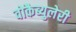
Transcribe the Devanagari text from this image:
वोकैब्युलेरी